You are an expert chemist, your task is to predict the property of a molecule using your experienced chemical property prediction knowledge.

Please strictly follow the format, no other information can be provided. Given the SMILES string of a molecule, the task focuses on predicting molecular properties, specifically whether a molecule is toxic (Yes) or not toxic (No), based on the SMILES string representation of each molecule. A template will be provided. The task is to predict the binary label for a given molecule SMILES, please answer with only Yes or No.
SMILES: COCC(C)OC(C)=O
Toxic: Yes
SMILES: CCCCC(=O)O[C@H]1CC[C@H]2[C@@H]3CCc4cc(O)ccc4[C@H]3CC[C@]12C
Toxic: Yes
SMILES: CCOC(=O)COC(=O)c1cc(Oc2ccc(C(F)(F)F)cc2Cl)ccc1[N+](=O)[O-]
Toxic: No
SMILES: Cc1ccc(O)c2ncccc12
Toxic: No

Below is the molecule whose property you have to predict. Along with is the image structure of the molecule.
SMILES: CC1CN(c2cc3c(cc2F)c(=O)c(C(=O)O)cn3-c2ccc(F)cc2F)CCN1
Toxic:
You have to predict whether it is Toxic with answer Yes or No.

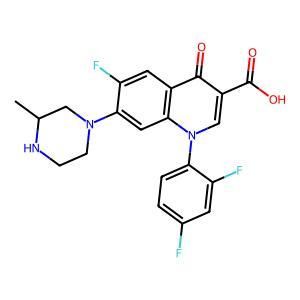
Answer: No